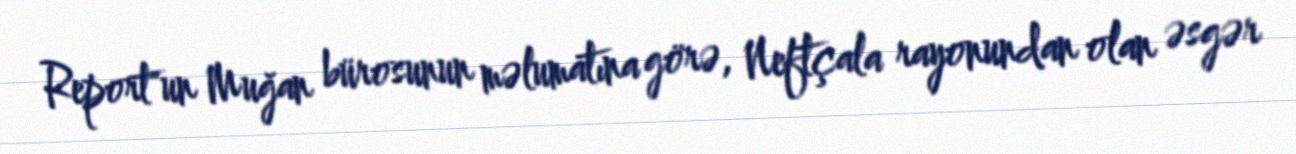
Report"un Muğan bürosunun məlumatına görə, Neftçala rayonundan olan əsgər